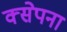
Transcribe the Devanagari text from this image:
क्सेपना